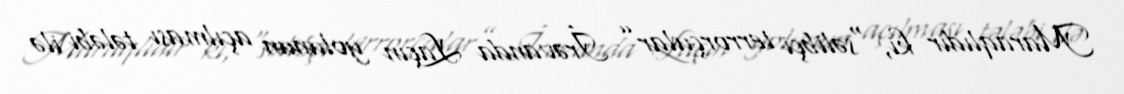
Maraqlıdır ki, “səlibçi terrorçular” İrəvanda Laçın yolunun açılması tələbi ilə